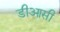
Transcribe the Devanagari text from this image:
डीआसी